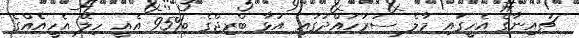
ޗައިނާގެ އެހީގައި މާލެ ސަރަހައްދުގައި އަޅާ ބްރިޖްގެ %95 އެއީ ހިލޭ އެހީއެއްގެ